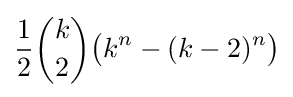
{\frac {1}{2}}{\binom {k}{2}}{\bigl (}k^{n}-(k-2)^{n}{\bigr )}